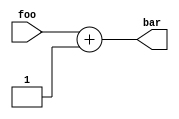
// SPDX-License-Identifier: Apache-2.0
module AdderExtModule(
  input [15:0] foo,
  output [15:0] bar
);
  assign bar = foo + 1;
endmodule